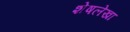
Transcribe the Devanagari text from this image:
शेषलेखा